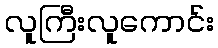
လူကြီးလူကောင်း